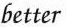
better